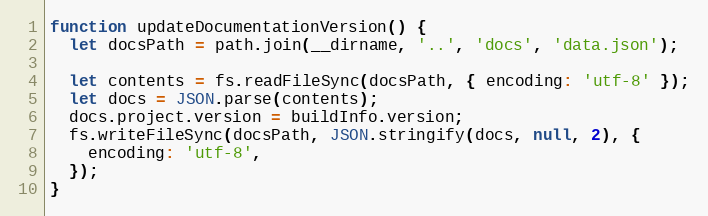
Language: JavaScript
function updateDocumentationVersion() {
  let docsPath = path.join(__dirname, '..', 'docs', 'data.json');

  let contents = fs.readFileSync(docsPath, { encoding: 'utf-8' });
  let docs = JSON.parse(contents);
  docs.project.version = buildInfo.version;
  fs.writeFileSync(docsPath, JSON.stringify(docs, null, 2), {
    encoding: 'utf-8',
  });
}